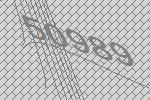
50989